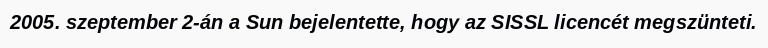
2005. szeptember 2-án a Sun bejelentette, hogy az SISSL licencét megszünteti.